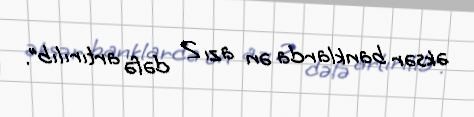
əksər banklarda ən azı 2 dəfə artırılıb”.